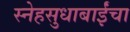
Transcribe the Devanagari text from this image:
स्नेहसुधाबाईंचा